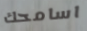
اسامحك